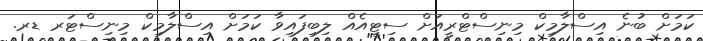
ކަމަށް ބުނެ އިސްލާމިކް މިނިސްޓްރީއަށް ސިޓީއެއް ލިބިފައިވާ ކަމަށް އިސްލާމިކް މިނިސްޓަރ ޑރ.